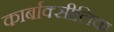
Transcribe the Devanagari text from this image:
कार्बाक्सीलिक